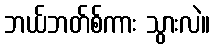
ဘယ်ဘတ်စ်ကား သွားလဲ။